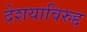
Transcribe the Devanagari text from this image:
देशयाविरुद्द